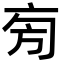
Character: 㫄